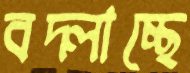
বদ্‌লাচ্ছে